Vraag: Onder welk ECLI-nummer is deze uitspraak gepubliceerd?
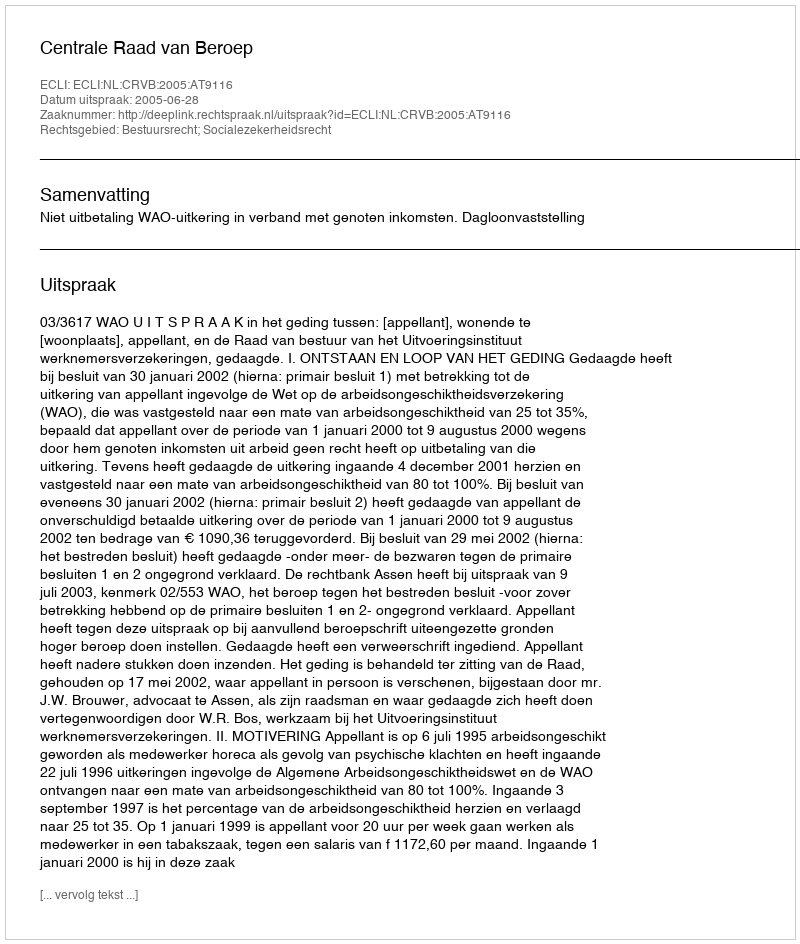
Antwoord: ECLI:NL:CRVB:2005:AT9116